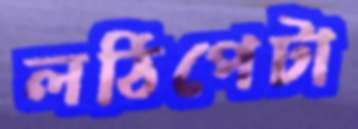
লঠিপেটা